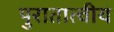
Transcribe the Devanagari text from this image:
पुरातात्वीय